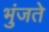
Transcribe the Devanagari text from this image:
भुंजते